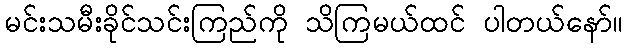
မင်းသမီးခိုင်သင်းကြည်ကို သိကြမယ်ထင် ပါတယ်နော်။